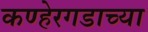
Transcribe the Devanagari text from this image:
कण्हेरगडाच्या